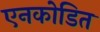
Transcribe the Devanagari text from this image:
एनकोडित